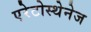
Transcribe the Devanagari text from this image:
एरेटोस्थेनेज